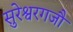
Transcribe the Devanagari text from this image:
सुरेश्वरगजौ